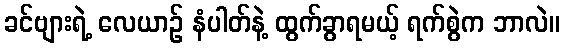
ခင်ဗျားရဲ့ လေယာဉ် နံပါတ်နဲ့ ထွက်ခွာရမယ့် ရက်စွဲက ဘာလဲ။